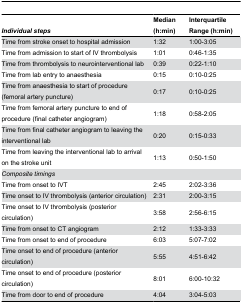
<table><thead><tr><td><b><i>Individual steps</i></b></td><td><b>Median (h:min)</b></td><td><b>Interquartile Range (h:min)</b></td></tr></thead><tbody><tr><td> Time from stroke onset to hospital admission </td><td>1:32</td><td>1:00-3:05</td></tr><tr><td> Time from admission to start of IV thrombolysis</td><td>1:01</td><td>0:46-1:35</td></tr><tr><td> Time from thrombolysis to neurointerventional lab</td><td>0:39</td><td>0:22-1:10</td></tr><tr><td> Time from lab entry to anaesthesia</td><td>0:15</td><td>0:10-0:25</td></tr><tr><td> Time from anaesthesia to start of procedure (femoral artery puncture)</td><td>0:17</td><td>0:10-0:25</td></tr><tr><td> Time from femoral artery puncture to end of procedure (final catheter angiogram)</td><td>1:18</td><td>0:58-2:05</td></tr><tr><td> Time from final catheter angiogram to leaving the interventional lab</td><td>0:20</td><td>0:15-0:33</td></tr><tr><td> Time from leaving the interventional lab to arrival on the stroke unit</td><td>1:13</td><td>0:50-1:50</td></tr><tr><td><i>Composite timings</i></td><td></td><td></td></tr><tr><td> Time from onset to IVT</td><td>2:45</td><td>2:02-3:36</td></tr><tr><td> Time onset to IV thrombolysis (anterior circulation)</td><td>2:31</td><td>2:00-3:15</td></tr><tr><td> Time onset to IV thrombolysis (posterior circulation)</td><td>3:58</td><td>2:56-6:15</td></tr><tr><td> Time from onset to CT angiogram</td><td>2:12</td><td>1:33-3:33</td></tr><tr><td> Time from onset to end of procedure </td><td>6:03</td><td>5:07-7:02</td></tr><tr><td> Time onset to end of procedure (anterior circulation) </td><td>5:55</td><td>4:51-6:42</td></tr><tr><td> Time onset to end of procedure (posterior circulation)</td><td>8:01</td><td>6:00-10:32</td></tr><tr><td> Time from door to end of procedure</td><td>4:04</td><td>3:04-5:03</td></tr></tbody></table>